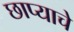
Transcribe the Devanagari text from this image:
छाप्याचे